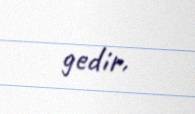
gedir.